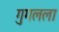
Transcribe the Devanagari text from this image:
गुगलला